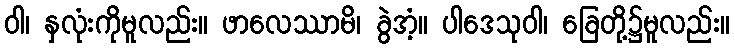
ဝါ၊ နှလုံးကိုမူလည်း။ ဖာလေဿာမိ၊ ခွဲအံ့။ ပါဒေသုဝါ၊ ခြေတို့၌မူလည်း။